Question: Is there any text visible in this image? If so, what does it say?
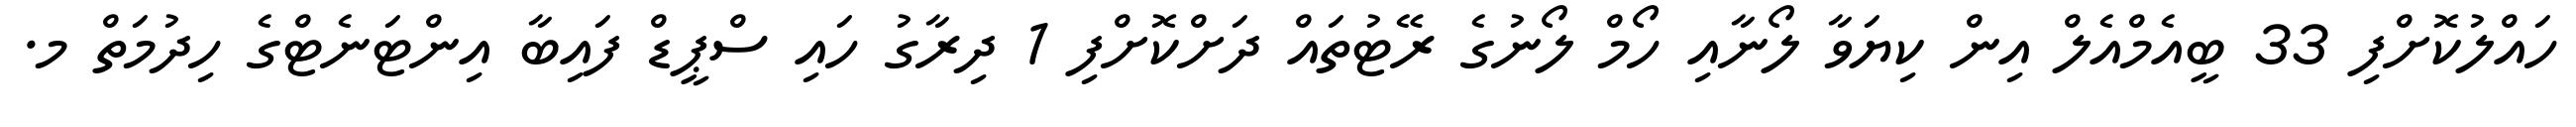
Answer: ހައްލުކޮށްފި 33 ބީއެމްއެލް އިން ކިޔަވާ ލޯނާއި ހޯމް ލޯނުގެ ރޭޓުތައް ދަށްކޮށްފި 1 ދިރާގު ހައި ސްޕީޑް ފައިބާ އިންޓަނެޓްގެ ހިދުމަތް މ.